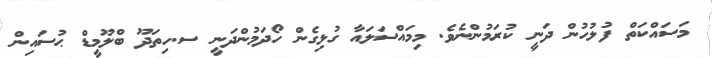
މަސައްކަތް ފުލުހުން ދަނީ ކުރަމުންނެވެ. މިމައްސަލައާ ގުޅިގެން ހޯދަމުންދަނީ ސ.ހިތަދޫ ބްލޫމީޑް ޙުސައިން